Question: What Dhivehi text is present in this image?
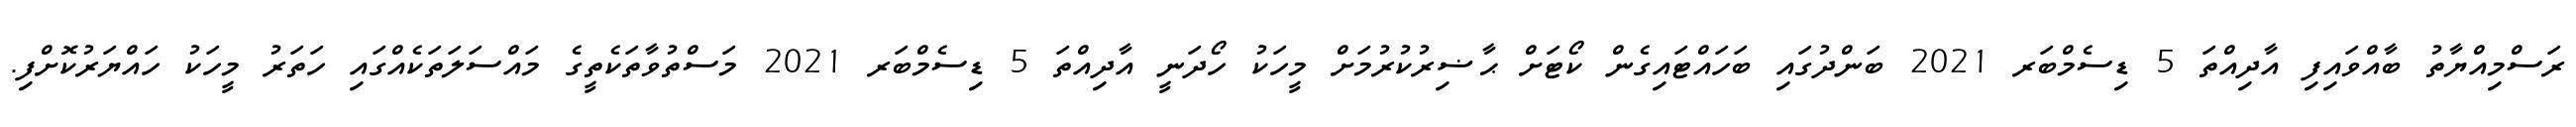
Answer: ރަސްމިއްޔާތު ބާއްވައިފި އާދިއްތަ 5 ޑިސެމްބަރ 2021 ބަންދުގައި ބަހައްޓައިގެން ކޯޓަށް ޙާޟިރުކުރުމަށް މީހަކު ހޯދަނީ އާދިއްތަ 5 ޑިސެމްބަރ 2021 މަސްތުވާތަކެތީގެ މައްސަލަތަކެއްގައި ހަތަރު މީހަކު ހައްޔަރުކޮށްފި.